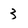
Character: 3